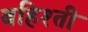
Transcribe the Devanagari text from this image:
बहिश्ती